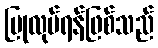
ပြုလုပ်ရန်ဖြစ်သည်